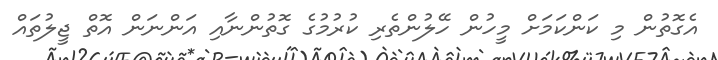
އެގޮތުން މި ކަންކަމަށް މީހުން ހޭލުންތެރި ކުރުމުގެ ގޮތުންނާއި އަންނަން އޮތް ޖީލުތައް